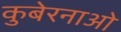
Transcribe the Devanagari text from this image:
कुबेरनाओ